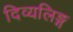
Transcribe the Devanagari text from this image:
दिव्यलिङ्ग